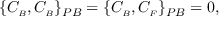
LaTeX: \{ C _ { \scriptscriptstyle B } , C _ { \scriptscriptstyle B } \} _ { P B } = \{ C _ { \scriptscriptstyle B } , C _ { \scriptscriptstyle F } \} _ { P B } = 0 ,